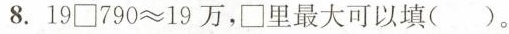
8.19\Box790≈19万，\Box里最大可以填()